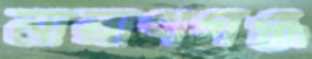
নারাণগঞ্জ